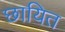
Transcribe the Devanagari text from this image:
छायित